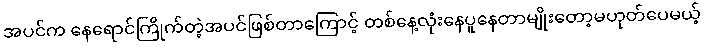
အပင်က နေရောင်ကြိုက်တဲ့အပင်ဖြစ်တာကြောင့် တစ်နေ့လုံးနေပူနေတာမျိုးတော့မဟုတ်ပေမယ့်